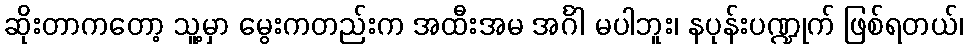
ဆိုးတာကတော့ သူ့မှာ မွေးကတည်းက အထီးအမ အင်္ဂါ မပါဘူး၊ နပုန်းပဏ္ဍုက် ဖြစ်ရတယ်၊